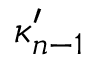
\kappa _ { n - 1 } ^ { \prime }